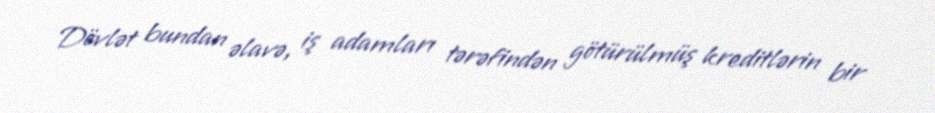
Dövlət bundan əlavə, iş adamları tərəfindən götürülmüş kreditlərin bir